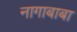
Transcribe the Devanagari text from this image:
नागाबाबा